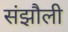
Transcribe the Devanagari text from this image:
संझौली